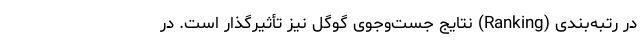
در رتبه‌بندی (Ranking) نتایج جست‌وجوی گوگل نیز تأثیرگذار است. در